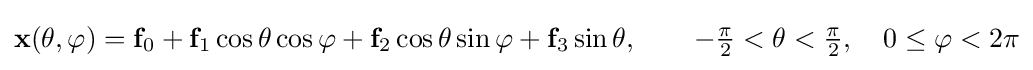
\mathbf {x} (\theta ,\varphi )=\mathbf {f} _{0}+\mathbf {f} _{1}\cos \theta \cos \varphi +\mathbf {f} _{2}\cos \theta \sin \varphi +\mathbf {f} _{3}\sin \theta ,\qquad -{\tfrac {\pi }{2}}<\theta <{\tfrac {\pi }{2}},\quad 0\leq \varphi <2\pi